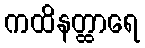
ကထိနတ္ထာရေ